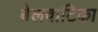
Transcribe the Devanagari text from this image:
बेलवाटिका